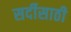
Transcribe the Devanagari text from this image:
सर्दीसाठी